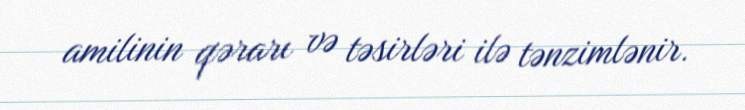
amilinin qərarı və təsirləri ilə tənzimlənir.